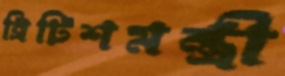
ব্রিটিশমন্ত্রী